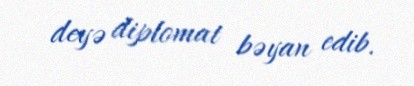
deyə diplomat bəyan edib.